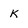
Character: k